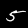
Digit: 5